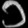
Digit: ၁